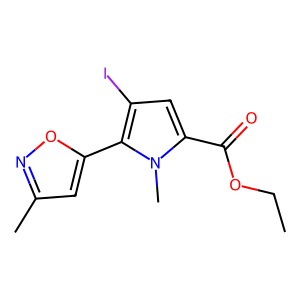
SMILES: CCOC(=O)c1cc(I)c(-c2cc(C)no2)n1C
Inhibits HIV replication: No